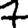
Digit: 7